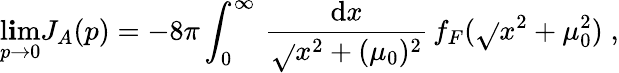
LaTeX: \operatorname*{l\mathbf{i}m}_{p\rightarrow0}J_{A}(p)=-8\pi\int_{0}^{\infty}\, \frac{{\mathrm{{d}}x}}{{\sqrt{}{{x^{2}+(\mu_{0})^{2}}}}}\, f_{F}(\sqrt{}{{x^{2}+\mu_{0}^{2}}})\; ,